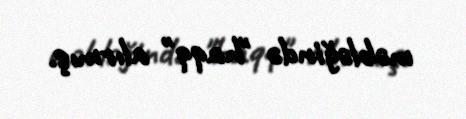
məbləğində "haqq" alırmış.